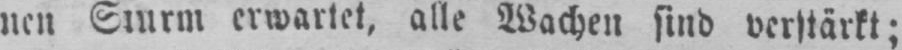
erwartet, alle Wachen sind verstärkt;